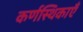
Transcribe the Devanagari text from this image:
कर्णस्थिकाएँ